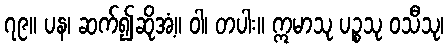
၇၉။ ပန၊ ဆက်၍ဆိုအံ့။ ဝါ၊ တပါး။ ဣမာသု ပဉ္စသု ဝသီသု၊